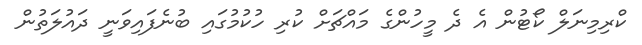
ކްރިމިނަލް ކޯޓުން އެ ދެ މީހުންގެ މައްޗަށް ކުރި ހުކުމުގައި ބުނެފައިވަނީ ދައުލަތުން